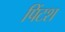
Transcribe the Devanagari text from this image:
पिंटश